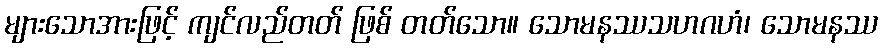
များသောအားဖြင့် ကျင်လည်တတ် ဖြစ် တတ်သော။ သောမနဿသဟဂဟံ၊ သောမနဿ